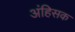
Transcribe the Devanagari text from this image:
अंहिसक